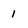
Character: 1